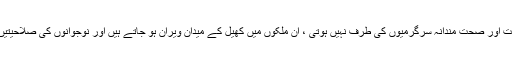
اس کے مقابلے میں جن قوموں کی توجہ اس طرح کی مثبت اور صحت مندانہ سرگرمیوں کی طرف نہیں ہوتی ، ان ملکوں میں کھیل کے میدان ویران ہو جاتے ہیں اور نوجوانوں کی صلاحیتیں تعمیر کے بجائے تخریب کی طرف مبذول ہو جاتی ہیں ۔